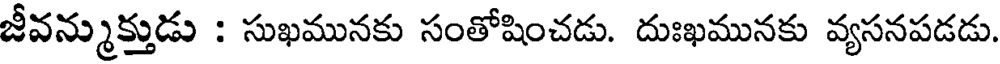
జీవన్ముక్తుడు : సుఖమునకు సంతోషించడు. దుఃఖమునకు వ్యసనపడడు.